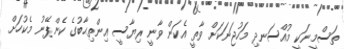
ތަސްމީނަކީ މުއްސަނދި މަހުޖަނަކަށް ވާތީ އެކަން ވާނީ ރިޔާސީ އިންތިޙާބުގެ ކެންޕޭނު މެކުހަށް